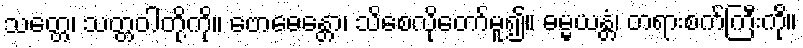
သတ္တေ၊ သတ္တဝါတို့ကို။ ဗောဓေန္တော၊ သိစေလိုတော်မူ၍။ ဓမ္မယန္တံ၊ တရားစက်ကြီးကို။